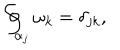
LaTeX: \oint _ { \alpha _ { j } } \omega _ { k } = \delta _ { j k } ,